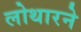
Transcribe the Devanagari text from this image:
लोथारने